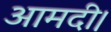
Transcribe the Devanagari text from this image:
आमदी।